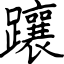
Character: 躟